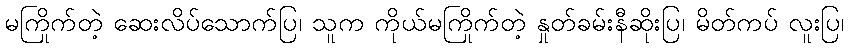
မကြိုက်တဲ့ ဆေးလိပ်သောက်ပြ၊ သူက ကိုယ်မကြိုက်တဲ့ နှုတ်ခမ်းနီဆိုးပြ၊ မိတ်ကပ် လူးပြ၊